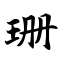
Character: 珊